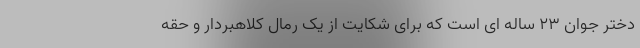
دختر جوان ۲۳ ساله ای است که برای شکایت از یک رمال کلاهبردار و حقه